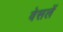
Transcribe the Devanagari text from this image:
वेसलें